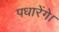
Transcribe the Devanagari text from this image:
पधारेंगे।